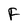
Character: F